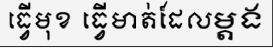
ធ្វើមុខ ធ្វើមាត់ដែលម្តង